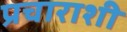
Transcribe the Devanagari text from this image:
प्रचाराशी